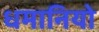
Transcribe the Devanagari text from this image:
धमानियो